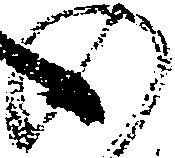
の